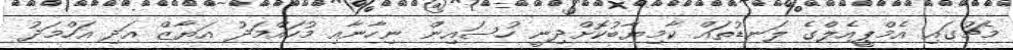
މެޗުގައި އެމްޕީއެލްގެ ލަނޑުތައް ކާމިޔާބުކޮށްދިނީ ހުސައިން ނިހާނާއި މުހައްމަދު އަޔާޒް އަދި އަހްމަދު